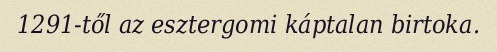
1291-től az esztergomi káptalan birtoka.